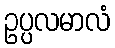
ဥပ္ပလမာလံ